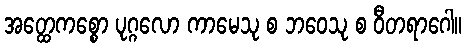
အတ္ထေကစ္စော ပုဂ္ဂလော ကာမေသု စ ဘဝေသု စ ဝီတရာဂေါ။